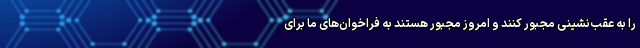
را به عقب‌نشینی مجبور کنند و امروز مجبور هستند به فراخوان‌های ما برای